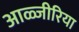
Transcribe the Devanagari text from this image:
आळ्जीरिया